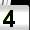
Digit: 4